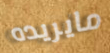
مايريده